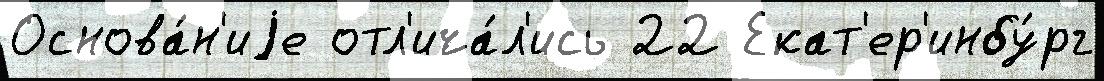
Основа́н'иjе отл'ича́л'ись 22 Екат'ер'инбу́рг